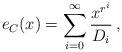
LaTeX: \begin{align*} e_C(x)=\sum_{i=0}^\infty\frac{x^{r^i}}{D_i}\,, \end{align*}